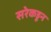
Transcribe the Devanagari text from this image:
सरेकडून